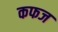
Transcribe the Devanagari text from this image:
कफज